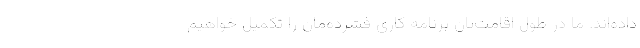
داده‌اند. ما در طول اقامت‌تان برنامه کاری فشرده‌مان را تکمیل خواهیم